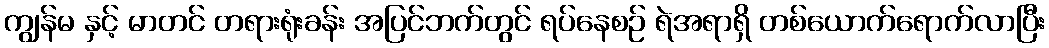
ကျွန်မ နှင့် မာတင် တရားရုံးခန်း အပြင်ဘက်တွင် ရပ်နေစဉ် ရဲအရာရှိ တစ်ယောက်ရောက်လာပြီး